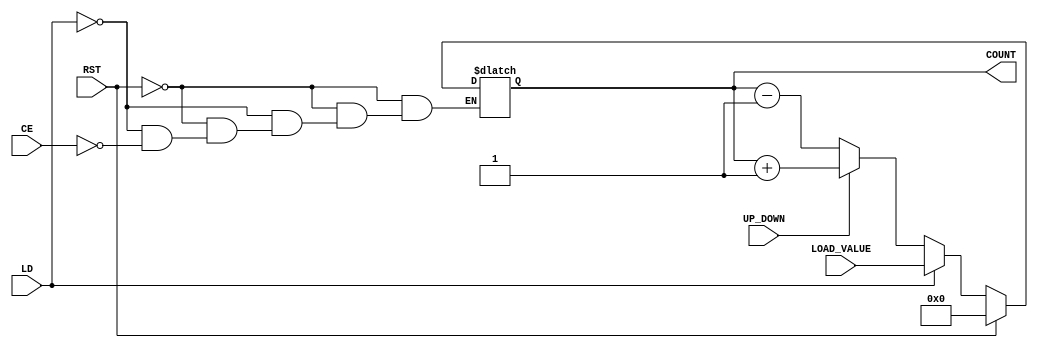
module dynamic_asynchronous_counter (
    input wire CE,          // Count Enable
    input wire RST,         // Reset
    input wire LD,          // Load
    input wire [3:0] LOAD_VALUE, // Value to load into the counter
    input wire UP_DOWN,     // Up/Down Control (1 for Up, 0 for Down)
    output reg [3:0] COUNT  // 4-bit Counter Output
);

// Asynchronous Reset
always @* begin
    if (RST) begin
        COUNT = 4'b0000; // Reset counter to 0
    end else if (LD) begin
        COUNT = LOAD_VALUE; // Load specific value
    end else if (CE) begin
        if (UP_DOWN) begin
            COUNT = COUNT + 1; // Increment counter
        end else begin
            COUNT = COUNT - 1; // Decrement counter
        end
    end
end

endmodule